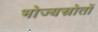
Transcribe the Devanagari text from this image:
भोज्यस्रोतों